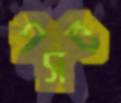
পসর